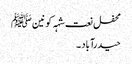
محفل نعت شہہ کونین ﷺ
حیدرآباد ۔